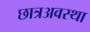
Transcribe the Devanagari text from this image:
छात्रअवस्था